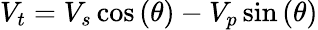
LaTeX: V_{t}=V_{s}\cos\left(\theta\right)-V_{p}\sin\left(\theta\right)